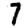
Digit: 7